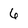
Character: 6